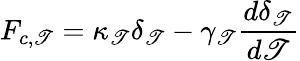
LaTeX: F_{c,\mathscr{T}}=\kappa_{\mathscr{T}}\delta_{\mathscr{T}}-\gamma_{\mathscr{T}}\frac{{d\delta_{\mathscr{T}}}}{{d\mathscr{T}}}